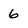
Character: 6